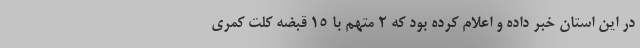
در این استان خبر داده و اعلام کرده بود که ۲ متهم با ۱۵ قبضه کلت کمری